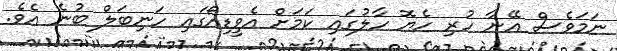
ނަމަވެސް އޭނާ ހުރި ހެޔޮ ހާލުގައި ކަމަށް އެވީޑިއޯގައި ހަނިބަލް ބުނެ އެވެ.